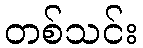
တစ်သင်း